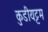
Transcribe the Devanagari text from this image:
कुडीयट्टम